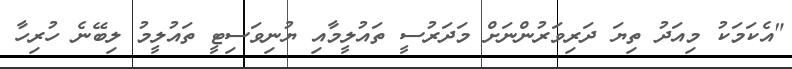
"އެކަމަކު މިއަދު ތިޔަ ދަރިވަރުންނަށް މަދަރުސީ ތައުލީމާއި ޔުނިވަސިޓީ ތައުލީމު ލިބޭނެ ހުރިހާ